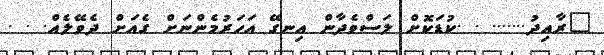
"ރާއިދު....... . .ކުޑަކޮށް ލަސްވެދާން އިނގޭ އަހަރުމެންނަށް ގެއަށް ދެވޭލެއް. . .